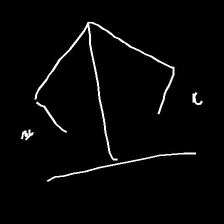
Glyph: earth